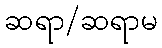
ဆရာ/ဆရာမ